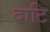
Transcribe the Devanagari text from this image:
दाटि